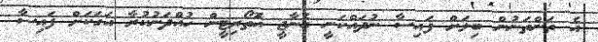
އެ ތަންތަނުން ބިލަށް ފައިސާ ނުދައްކަނީ އެނާޖީ އޮތޯރިޓީން ހުއްދަނުކުރާ އަގަކަށް ފައިސާ